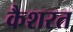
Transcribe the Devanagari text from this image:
कैशरत